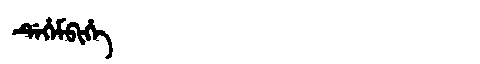
Manchu: ᡩᡝᡥᡝᠮᠪᡳᡥᡝ
Romanization: DEHEMBIHE